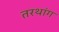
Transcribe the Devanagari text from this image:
तरथांग